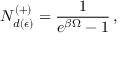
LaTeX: { \cal N } _ { d ( \epsilon ) } ^ { ( + ) } = \frac { 1 } { e ^ { \beta \Omega } - 1 } \, ,